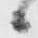
候